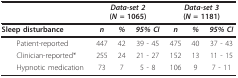
|  | <COLSPAN=3> Data-set 2(N = 1065) | <COLSPAN=3> Data-set 3(N = 1181) |
 | --- | --- | --- | --- | --- | --- | --- |
 | Sleep disturbance | n | % | 95% CI | n | % | 95% CI |
 | Patient-reported | 447 | 42 | 39 - 45 | 475 | 40 | 37 - 43 |
 | Clinician-reported* | 255 | 24 | 21 - 27 | 152 | 13 | 11 - 15 |
 | Hypnotic medication | 73 | 7 | 5 - 8 | 106 | 9 | 7 - 11 |